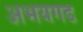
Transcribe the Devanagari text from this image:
अभयगढ